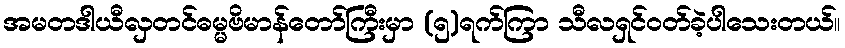
အမတဒါယီလှတင်ဓမ္မဗိမာန်တော်ကြီးမှာ (၅)ရက်ကြာ သီလရှင်ဝတ်ခဲ့ပါသေးတယ်။